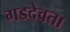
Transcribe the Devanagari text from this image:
गडदेवता